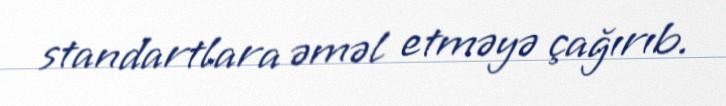
standartlara əməl etməyə çağırıb.